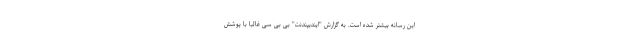
این رسانه بیشتر شده است. به گزارش "ایندیپندنت" بی بی سی غالبا با پوشش